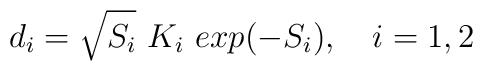
d_{i} = \sqrt{S_{i}} \ K_{i} \ exp(-S_{i}), \ \ \ i = 1, 2